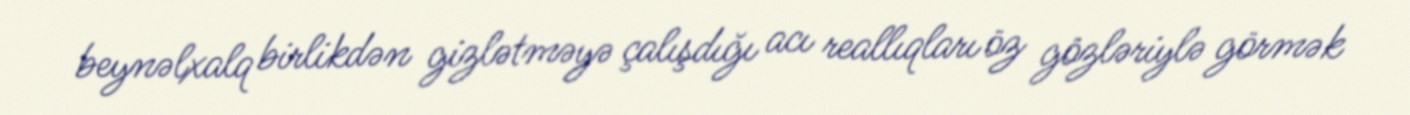
beynəlxalq birlikdən gizlətməyə çalışdığı acı reallıqları öz gözləriylə görmək